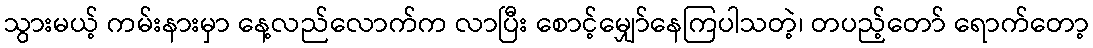
သွားမယ့် ကမ်းနားမှာ နေ့လည်လောက်က လာပြီး စောင့်မျှော်နေကြပါသတဲ့၊ တပည့်တော် ရောက်တော့